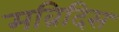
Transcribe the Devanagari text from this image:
मव्रिदिस